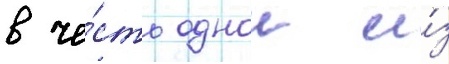
в че́сть однои и́з